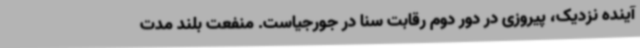
آینده نزدیک، پیروزی در دور دوم رقابت سنا در جورجیاست. منفعت بلند مدت